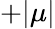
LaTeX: +|\mu|